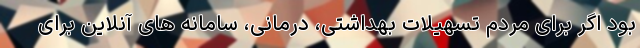
بود اگر برای مردم تسهیلات بهداشتی، درمانی، سامانه های آنلاین برای